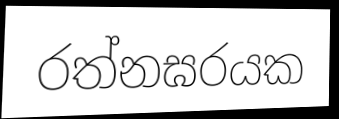
රත්නඝරයක